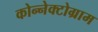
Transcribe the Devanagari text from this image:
कोन्नेक्टोग्राम